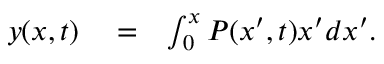
\begin{array} { r l r } { y ( x , t ) } & { { } = } & { \int _ { 0 } ^ { x } P ( x ^ { \prime } , t ) x ^ { \prime } d x ^ { \prime } . } \end{array}